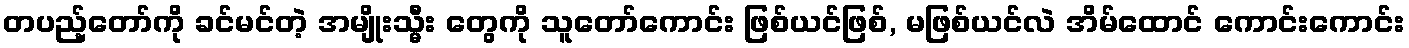
တပည့်တော်ကို ခင်မင်တဲ့ အမျိုးသ္မီး တွေကို သူတော်ကောင်း ဖြစ်ယင်ဖြစ်, မဖြစ်ယင်လဲ အိမ်ထောင် ကောင်းကောင်း